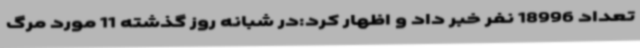
تعداد 18996 نفر خبر داد و اظهار کرد:در شبانه روز گذشته 11 مورد مرگ